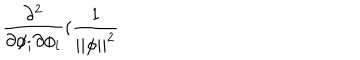
\frac { \partial ^ { 2 } } { \partial \phi _ { i } \partial \phi _ { i } } ( \frac 1 { | | \phi | | ^ { 2 } }